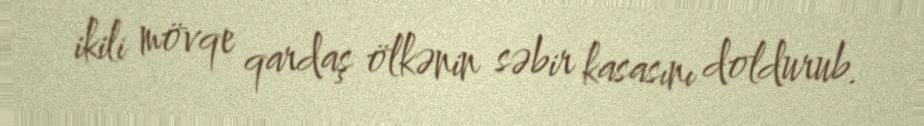
ikili mövqe qardaş ölkənin səbir kasasını doldurub.